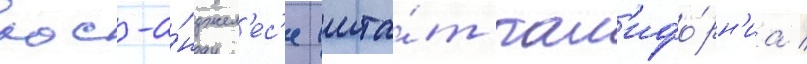
лос-а́нджел'ес'е (шта́т кал'ифо́рн'иа /